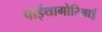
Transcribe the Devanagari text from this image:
पाईथागोरिआई